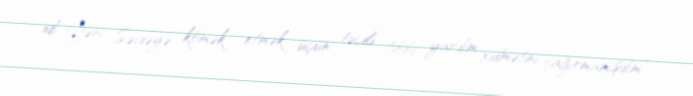
idi. Yəni Səidəyə kömək etmək üçün təcili tibbi yardım xidmətini çağırmamışdım”.